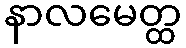
နာလမေတ္ထ